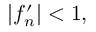
| f _ { n } ^ { \prime } | < 1 ,